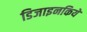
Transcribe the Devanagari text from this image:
डिजाइनकिये